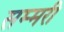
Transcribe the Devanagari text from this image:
सम्मरी